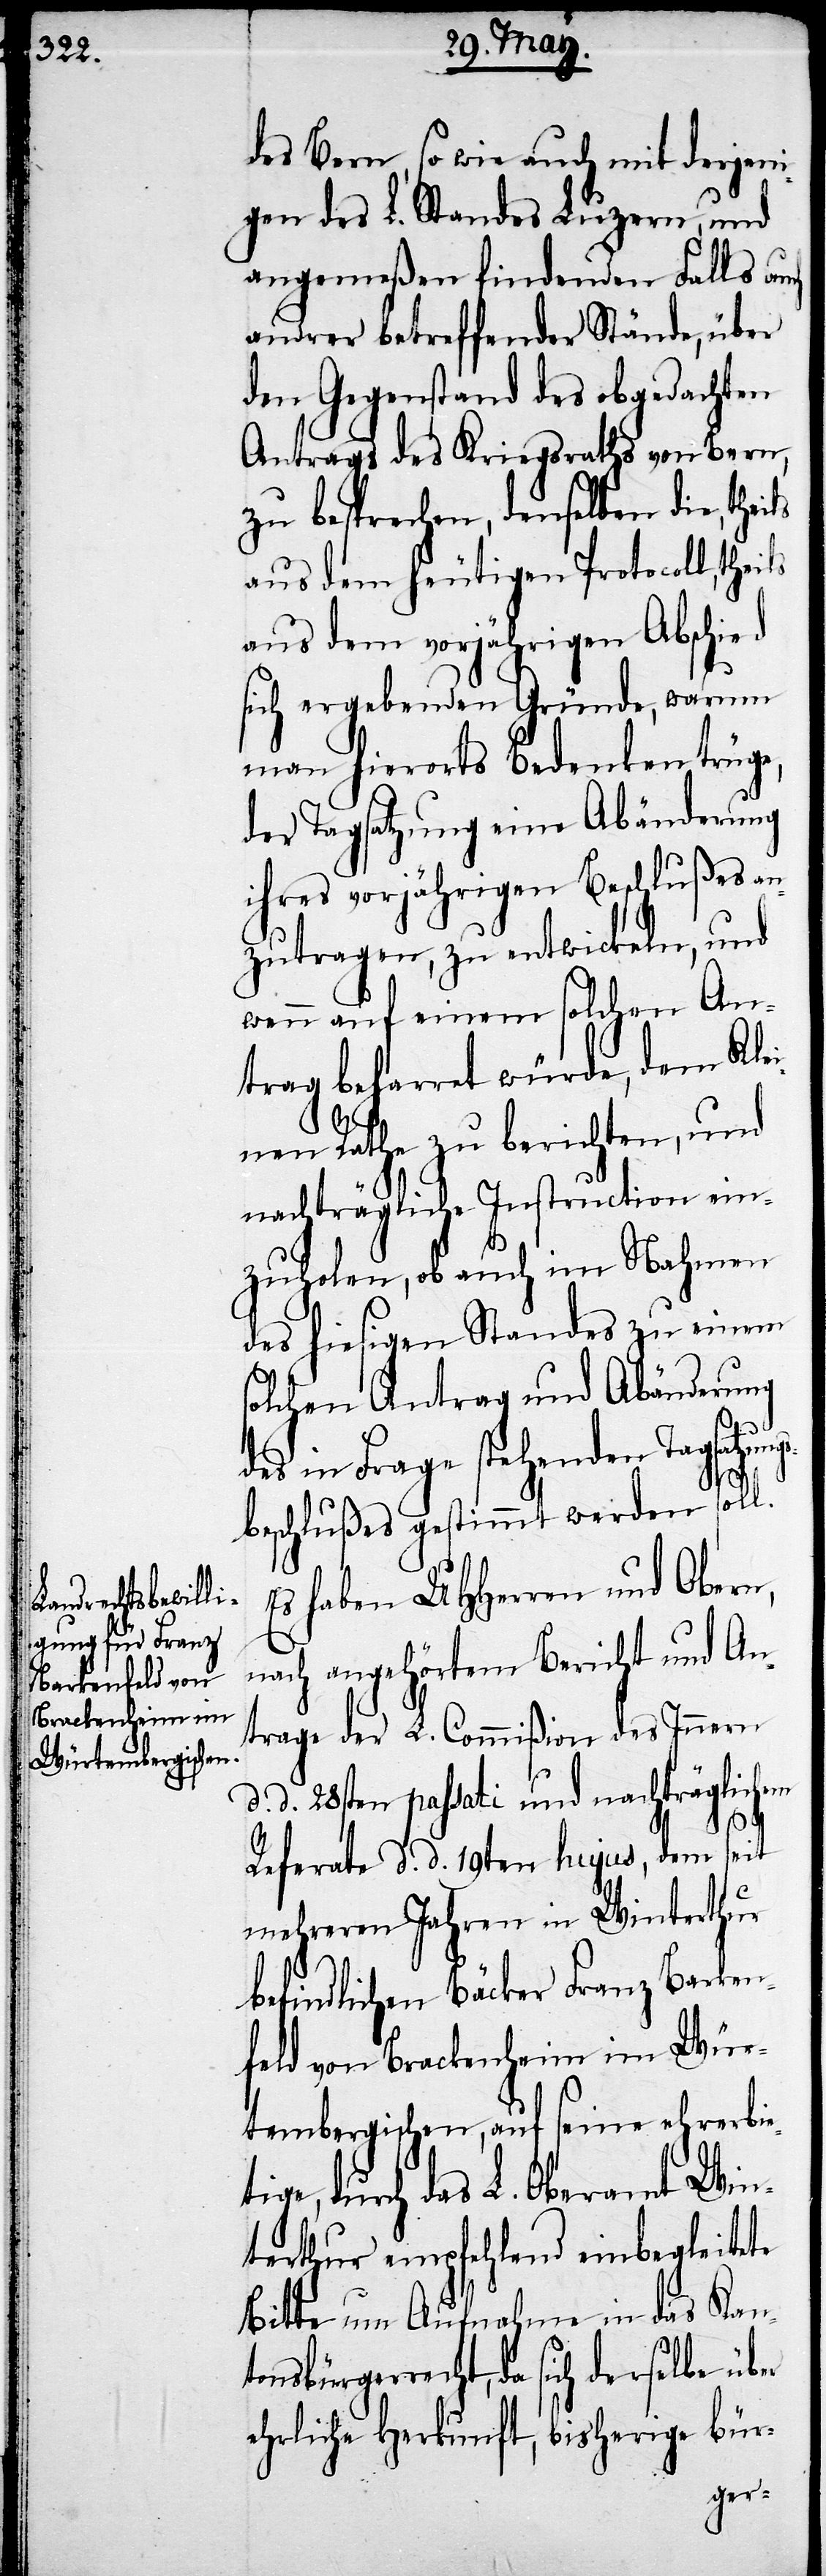
des Bern, so wie auch mit derjeni¬
gen des L. Standes Luzern, und
angemeßen findenden Falls auch
andrer betreffender Stände, über
den Gegenstand des obgedachten
Antrags des Kriegsraths von Bern,
zu besprechen, denselben die,
aus dem heutigen Protocoll, theils
aus dem vorjährigen Abschied
sich ergebenden Gründe, warum
man hierorts Bedenken trüge,
der Tagsatzung eine Abänderung
ihres vorjährigen Beschlußes an¬
zutragen, zu entwickeln, und
wenn auf einem solchen An¬
trag beharret würde, dem Kle¬
inen Rathe zu berichten, und
nachträgliche Instruction ein¬
zuholen, ob auch im Nahmen
des hiesigen Standes zu einem
solchen Antrag und Abänderung
des in Frage stehenden Tagsatzungs¬
beschlußes gestimmt werden soll.
Es haben UHHerren und Obern,
nach angehörtem Bericht und An¬
trage der L. Commißion des Innern
d. d. 28sten passati und nachträglichem
Referate d. d. 19ten hujus, dem seit
mehreren Jahren in Winterthur
befindlichen Bäcker Franz Barken¬
feld von Brackenheim im Wür¬
tembergischen, auf seine ehrerbie¬
tige, durch das L. Oberamt Win¬
terthur empfehlend einbegleitete
Bitte um Aufnahme in das Kant¬
onsbürgerrecht, da sich derselbe über
ehrliche Herkunft, bisherige bür-